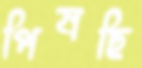
পিষছি